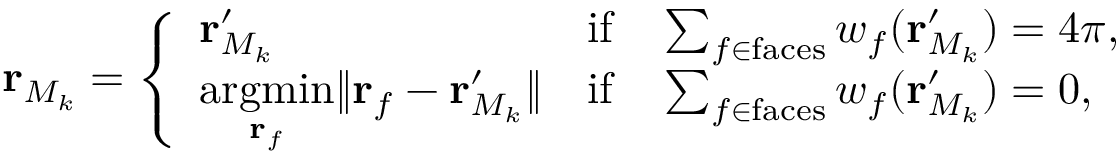
\mathbf { r } _ { M _ { k } } = \left\{ \begin{array} { l l } { \mathbf { r } _ { M _ { k } } ^ { \prime } } & { \mathrm { i f } \quad \sum _ { f \in \mathrm { f a c e s } } w _ { f } ( \mathbf { r } _ { M _ { k } } ^ { \prime } ) = 4 \pi , } \\ { \underset { \mathbf { r } _ { f } } { \mathrm { a r g m i n } } \lVert \mathbf { r } _ { f } - \mathbf { r } _ { M _ { k } } ^ { \prime } \rVert } & { \mathrm { i f } \quad \sum _ { f \in \mathrm { f a c e s } } w _ { f } ( \mathbf { r } _ { M _ { k } } ^ { \prime } ) = 0 , } \end{array} \right.